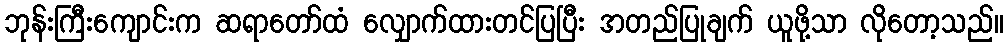
ဘုန်းကြီးကျောင်းက ဆရာတော်ထံ လျှောက်ထားတင်ပြပြီး အတည်ပြုချက် ယူဖို့သာ လိုတော့သည်။